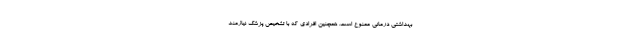
بهداشتی درمانی ممنوع است. همچنین افرادی که با تشخیص پزشک نیازمند